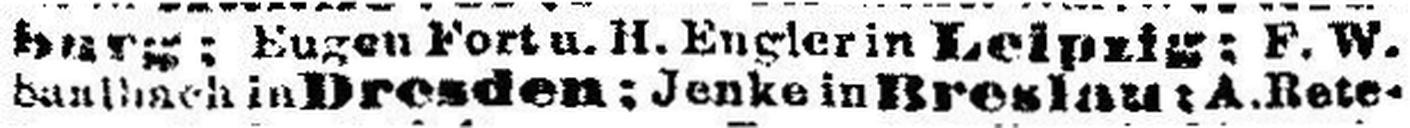
### in Dresden; Jenke in Breslau: A. ###ete¬